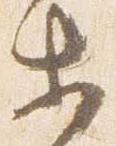
等